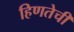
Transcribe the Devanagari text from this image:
हिणतेची